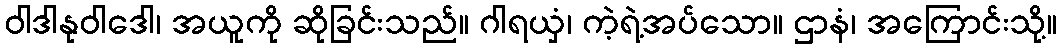
ဝါဒါနုဝါဒေါ၊ အယူကို ဆိုခြင်းသည်။ ဂါရယှံ၊ ကဲ့ရဲ့အပ်သော။ ဌာနံ၊ အကြောင်းသို့။